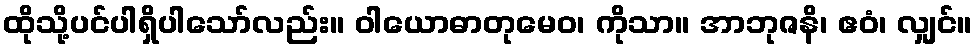
ထိုသို့ပင်ပါရှိပါသော်လည်း။ ဝါယောဓာတုမေဝ၊ ကိုသာ။ အာဘုဇနိ၊ ဧဝံ၊ လျှင်။